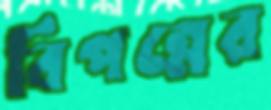
বিপন্নের